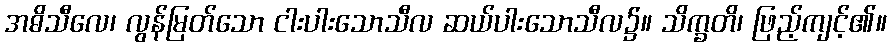
အဓိသီလေ၊ လွန်မြတ်သော ငါးပါးသောသီလ ဆယ်ပါးသောသီလ၌။ သိက္ခတိ၊ ဖြည့်ကျင့်၏။